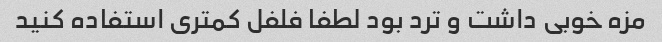
مزه خوبی داشت و ترد بود لطفا فلفل کمتری استفاده کنید